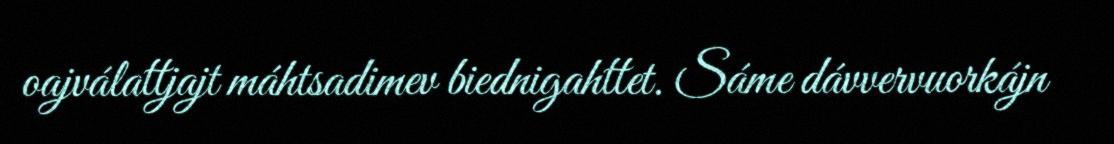
oajválattjajt máhtsadimev biednigahttet. Sáme dávvervuorkájn